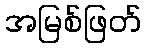
အမြစ်ဖြတ်